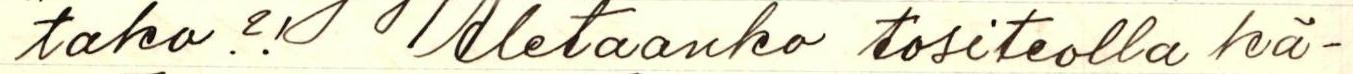
tako?!  Aletaanko tositeolla kä-